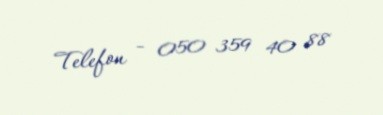
Telefon - 050 359 40 88